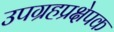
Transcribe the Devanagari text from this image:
उपग्रहप्रक्षेपक